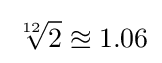
{\sqrt[{12}]{2}}\approxeq 1.06